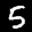
Label: 5